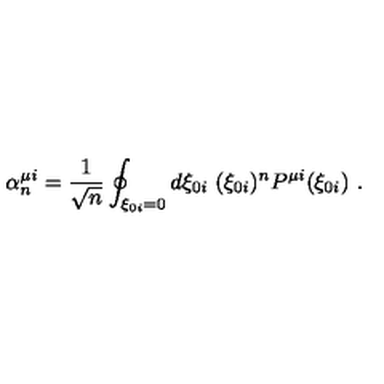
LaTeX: \alpha _ { n } ^ { \mu i } = \frac { 1 } { \sqrt { n } } \oint _ { \xi _ { 0 i } = 0 } d \xi _ { 0 i } \ ( \xi _ { 0 i } ) ^ { n } P ^ { \mu i } ( \xi _ { 0 i } ) \ .